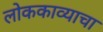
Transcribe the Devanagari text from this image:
लोककाव्याचा